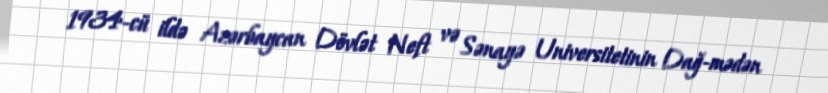
1934-cü ildə Azərbaycan Dövlət Neft və Sənayə Universitetinin Dağ-mədən